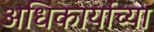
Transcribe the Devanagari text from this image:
अधिकार्याच्या